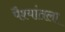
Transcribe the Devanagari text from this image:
पैश्‍यांतला